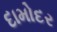
દામોદર